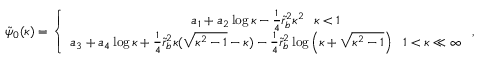
\begin{array} { r } { \tilde { \psi } _ { 0 } ( \kappa ) = \left\{ \begin{array} { c } { a _ { 1 } + a _ { 2 } \log \kappa - \frac { 1 } { 4 } \tilde { r } _ { b } ^ { 2 } \kappa ^ { 2 } ~ ~ \kappa < 1 } \\ { a _ { 3 } + a _ { 4 } \log \kappa + \frac { 1 } { 4 } \tilde { r } _ { b } ^ { 2 } \kappa ( \sqrt { \kappa ^ { 2 } - 1 } - \kappa ) - \frac { 1 } { 4 } \tilde { r } _ { b } ^ { 2 } \log \left( \kappa + \sqrt { \kappa ^ { 2 } - 1 } \right) ~ ~ 1 < \kappa \ll \infty } \end{array} \right. , } \end{array}